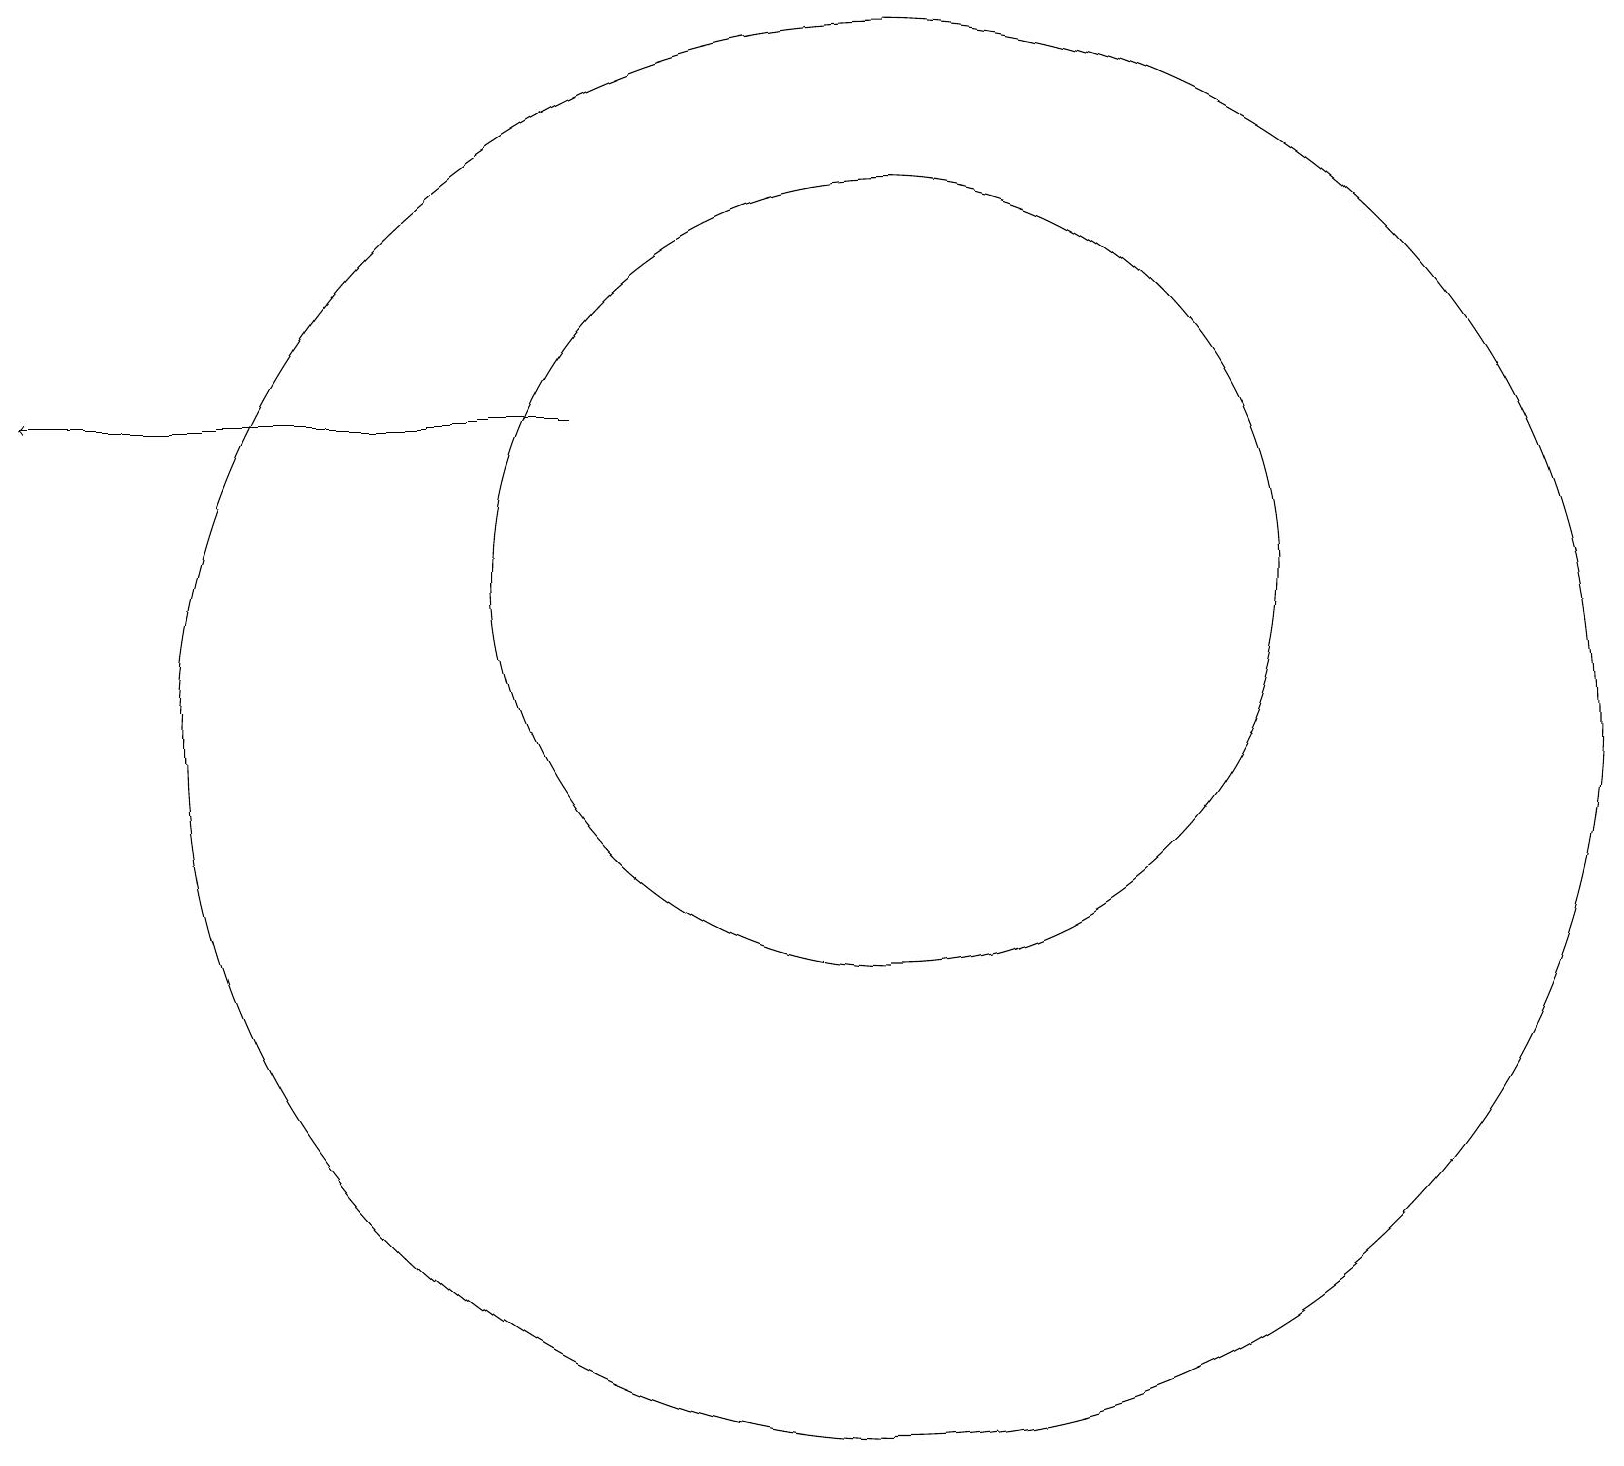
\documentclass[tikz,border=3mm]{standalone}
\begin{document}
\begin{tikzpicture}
\draw (11,12) circle (5);
\draw[->] (7,14) -- (0,14);
\draw (11,10) circle (9);
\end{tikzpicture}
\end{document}